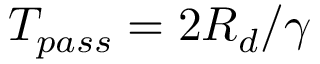
T _ { p a s s } = 2 R _ { d } / \gamma